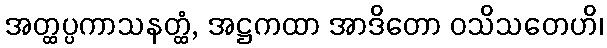
အတ္ထပ္ပကာသနတ္ထံ, အဋ္ဌကထာ အာဒိတော ဝသိသတေဟိ၊